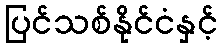
ပြင်သစ်နိုင်ငံနှင့်